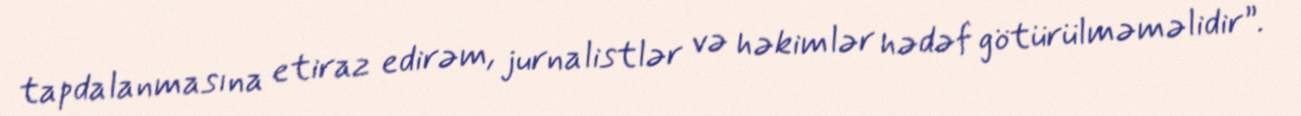
tapdalanmasına etiraz edirəm, jurnalistlər və həkimlər hədəf götürülməməlidir”.